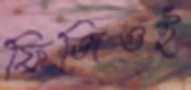
ফিজিওই